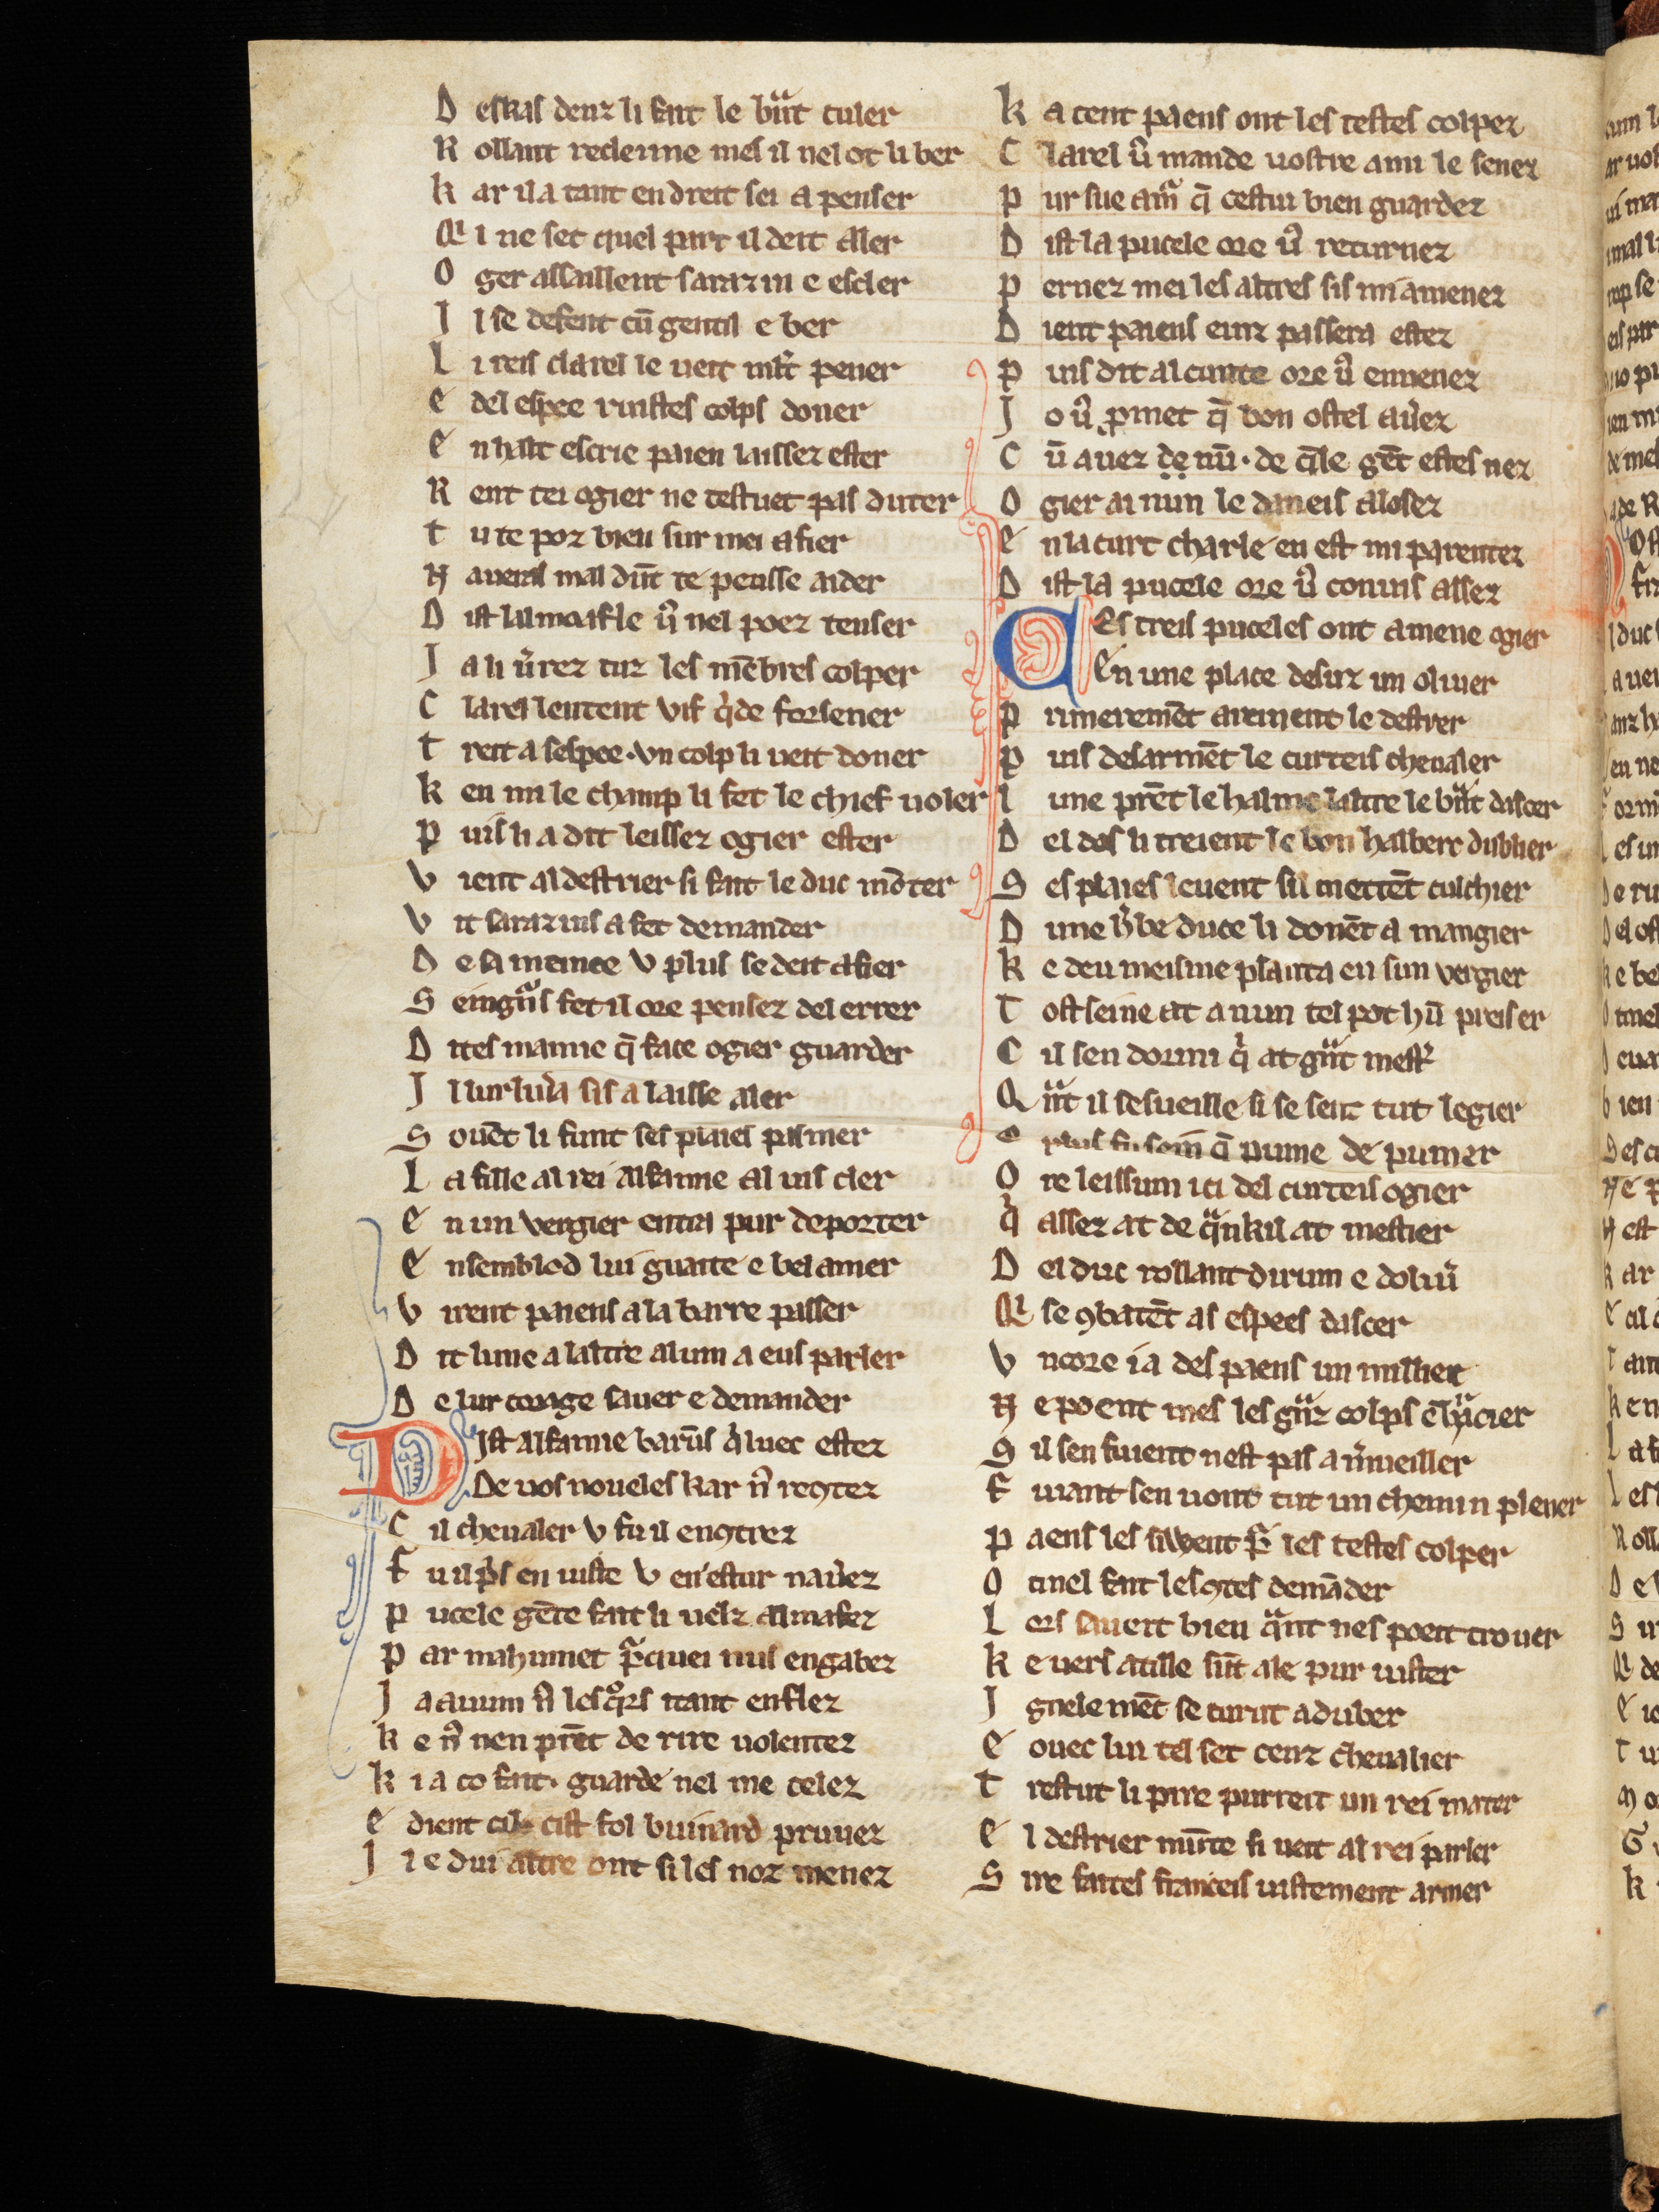
Shelfmark: Cologne, Bodmer, 168
Century: 13